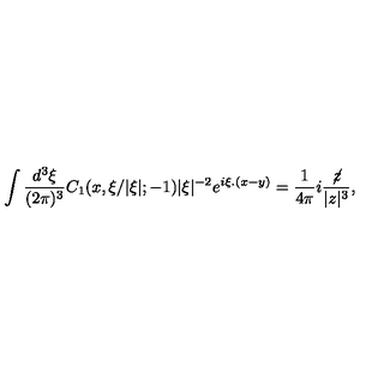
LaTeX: \int \frac { d ^ { 3 } \xi } { ( 2 \pi ) ^ { 3 } } C _ { 1 } ( x , \xi / | \xi | ; - 1 ) | \xi | ^ { - 2 } e ^ { i \xi . ( x - y ) } = \frac { 1 } { 4 \pi } i \frac { \not \! z } { | z | ^ { 3 } } ,